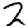
Digit: 2